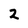
Character: 2